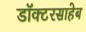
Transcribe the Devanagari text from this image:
डॉक्टरसाहेब